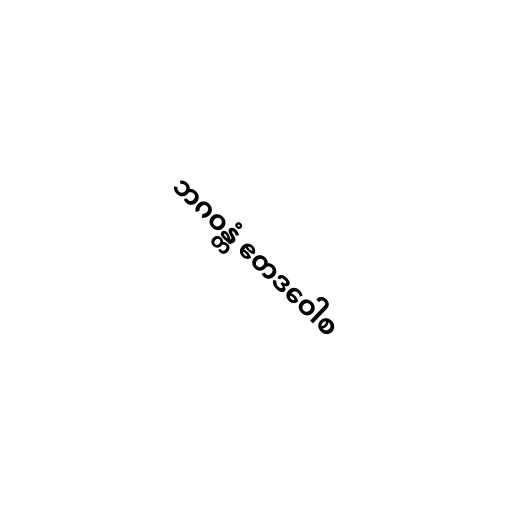
ဘဂဝန္တံ ဧတဒဝေါစ